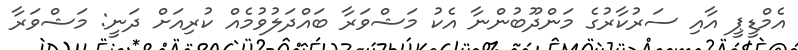
އެމްޑީޕީ އާއި ސަރުކާރުގެ މަންދޫބުންނާ އެކު މަޝްވަރާ ބައްދަލުވުމެއް ކުރިއަށް ދަނީ: މަޝްވަރާ